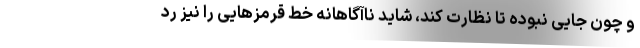
و چون جایی نبوده تا نظارت کند، شاید ناآگاهانه خط قرمزهایی را نیز رد